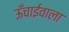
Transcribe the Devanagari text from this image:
ऊँचाईवाला